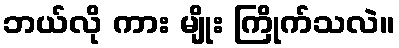
ဘယ်လို ကား မျိုး ကြိုက်သလဲ။